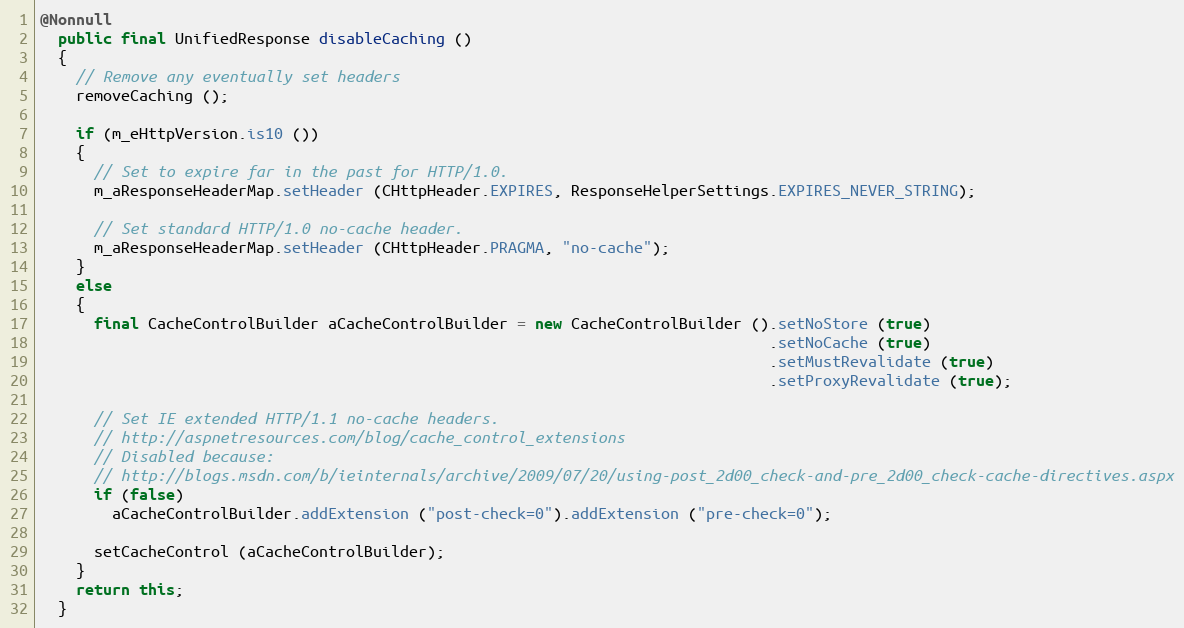
Language: Java
@Nonnull
  public final UnifiedResponse disableCaching ()
  {
    // Remove any eventually set headers
    removeCaching ();

    if (m_eHttpVersion.is10 ())
    {
      // Set to expire far in the past for HTTP/1.0.
      m_aResponseHeaderMap.setHeader (CHttpHeader.EXPIRES, ResponseHelperSettings.EXPIRES_NEVER_STRING);

      // Set standard HTTP/1.0 no-cache header.
      m_aResponseHeaderMap.setHeader (CHttpHeader.PRAGMA, "no-cache");
    }
    else
    {
      final CacheControlBuilder aCacheControlBuilder = new CacheControlBuilder ().setNoStore (true)
                                                                                 .setNoCache (true)
                                                                                 .setMustRevalidate (true)
                                                                                 .setProxyRevalidate (true);

      // Set IE extended HTTP/1.1 no-cache headers.
      // http://aspnetresources.com/blog/cache_control_extensions
      // Disabled because:
      // http://blogs.msdn.com/b/ieinternals/archive/2009/07/20/using-post_2d00_check-and-pre_2d00_check-cache-directives.aspx
      if (false)
        aCacheControlBuilder.addExtension ("post-check=0").addExtension ("pre-check=0");

      setCacheControl (aCacheControlBuilder);
    }
    return this;
  }